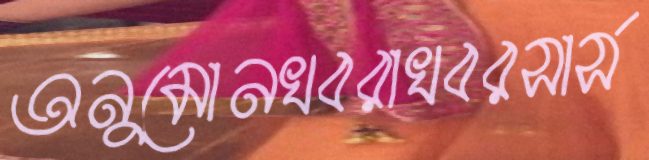
অনুমোনখবরাখবরসার্স